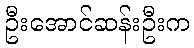
ဦးအောင်ဆန်းဦးက